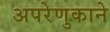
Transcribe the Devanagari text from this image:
अपरेणुकाने